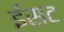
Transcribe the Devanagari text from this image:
ईसट